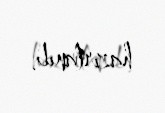
hazırlanıb.